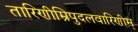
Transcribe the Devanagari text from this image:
तारिणीम्रिपुदलवारिणीम्